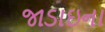
જાડાઇના